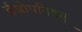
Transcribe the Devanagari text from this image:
ईशोपनिषत्